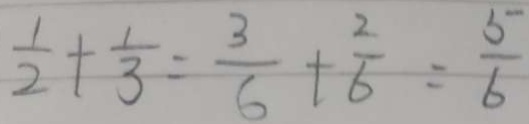
\frac { 1 } { 2 } + \frac { 1 } { 3 } = \frac { 3 } { 6 } + \frac { 2 } { 6 } = \frac { 5 } { 6 }